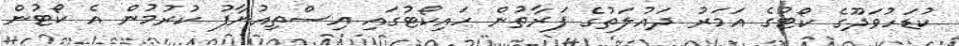
ކުޑަހުވަދޫގެ ކޯޓުގެ އަމަރު ދައުލަތުގެ ފަރާތުން ހައިކޯޓުގައި އިސްތިއުނާފު ކުރުމުން އެ ކޯޓުން